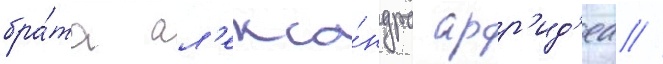
бра́та ал'екса́ндра арр'ид'еа //